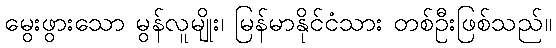
မွေးဖွားသော မွန်လူမျိုး၊ မြန်မာနိုင်ငံသား တစ်ဦးဖြစ်သည်။